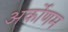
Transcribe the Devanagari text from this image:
अर्कोणम